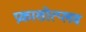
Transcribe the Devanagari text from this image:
प्रकाशोत्प्लव